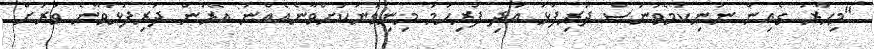
"މިހާރު ގެއިން ނުނިކުމެވުނަސް ދަރިފުޅު އަދި ފުރިހަމަ މިނިވަނަކަށްވާނެއެއްނު އޭރުން ދަރިފުޅުވާނެ ވަރަށް